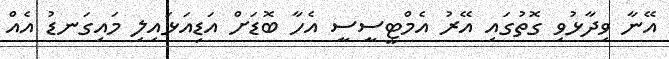
އޭނާ ވިދާޅުވި ގޮތުގައި އޭރު އެމްޓީސީސީ އެހާ ބޮޑަށް އަޑިއަޅައިލި މައިގަނޑު އެއް